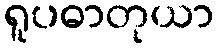
ရူပဓာတုယာ